Madras plague regulations and rules - Volume 1
Disease focus: Plague
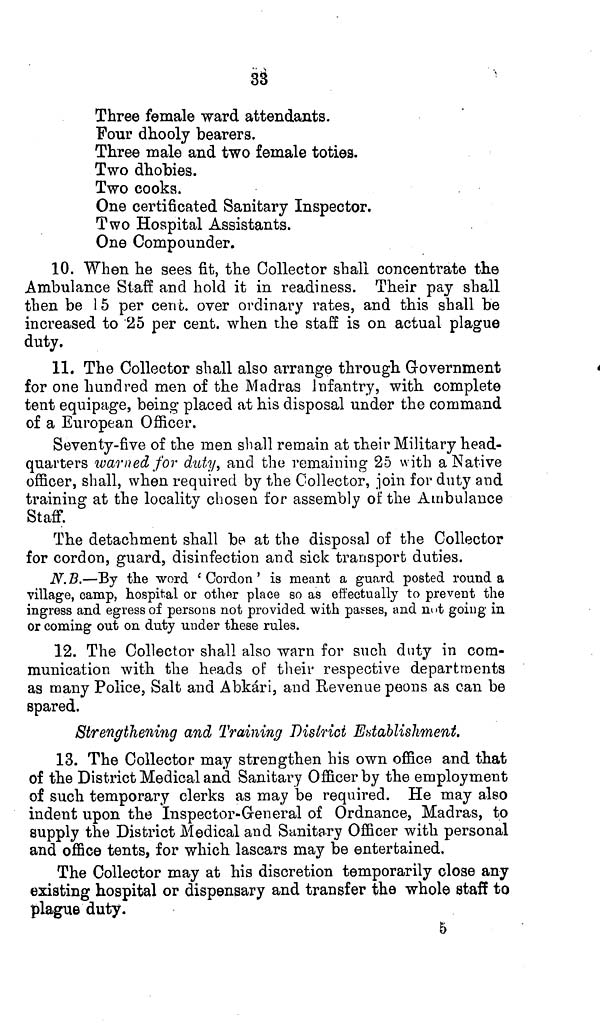
33
Three female ward attendants.
Four dhooly bearers.
Three male and two female toties.
Two dhobies.
Two cooka.
One certificated Sanitary Inspector.
Two Hospital Assistants.
One Compounder.
10. When he sees fit, the Collector shall concentrate the
Ambulance Staff and hold it in readiness. Their pay shall
then be 15 per cent. over ordinary rates, and this shall be
increased to 25 per cent. when the staff is on actual plague
duty.
11. The Collector shall also arrange through Government
for one hundred men of the Madras Infantry, with complete
tent equipage, being placed at his disposal under the command
of a European Officer.
Seventy-five of the men shall remain at their Military head-
quarters warned for duty, and the remaining 25 with a Native
officer, shall, when required by the Collector, join for duty and
training at the locality chosen for assembly of the Ambulance
Staff.
The detachment shall be at the disposal of the Collector
for cordon, guard, disinfection and sick transport duties.
N. B.—By the word 'Cordon ' is meant a guard posted round a
village, camp, hospital or other place so as effectually to prevent the
ingress and egress of persons not provided with passes, and nut going in
or coming out on duty under these rules.
12. The Collector shall also warn for such duty in com-
munication with the heads of their respective departments
as many Police, Salt and Abkári, and Revenue peons as can be
spared.
Strengthening and Training District Establishment.
13. The Collector may strengthen his own office and that
of the District Medical and Sanitary Officer by the employment
of such temporary clerks as may be required. He may also
indent upon the Inspector-General of Ordnance, Madras, to
supply the District Medical and Sanitary Officer with personal
and office tents, for which lascars may be entertained.
The Collector may at his discretion temporarily close any
existing hospital or dispensary and transfer the whole staff to
plague duty.
5